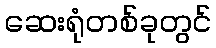
ဆေးရုံတစ်ခုတွင်